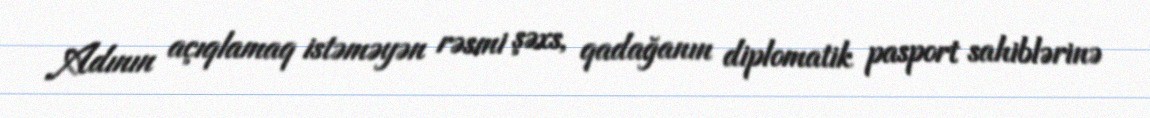
Adının açıqlamaq istəməyən rəsmi şəxs, qadağanın diplomatik pasport sahiblərinə